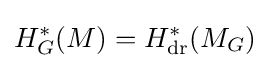
H_{G}^{*}(M)=H_{\text{dr}}^{*}(M_{G})